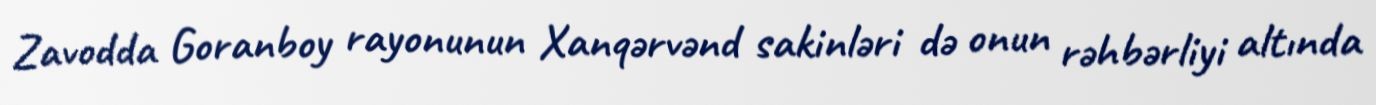
Zavodda Goranboy rayonunun Xanqərvənd sakinləri də onun rəhbərliyi altında